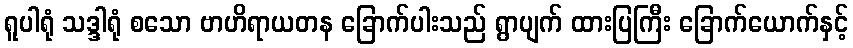
ရူပါရုံ သဒ္ဒါရုံ စသော ဗာဟိရာယတန ခြောက်ပါးသည် ရွာပျက် ထားပြကြီး ခြောက်ယောက်နှင့်